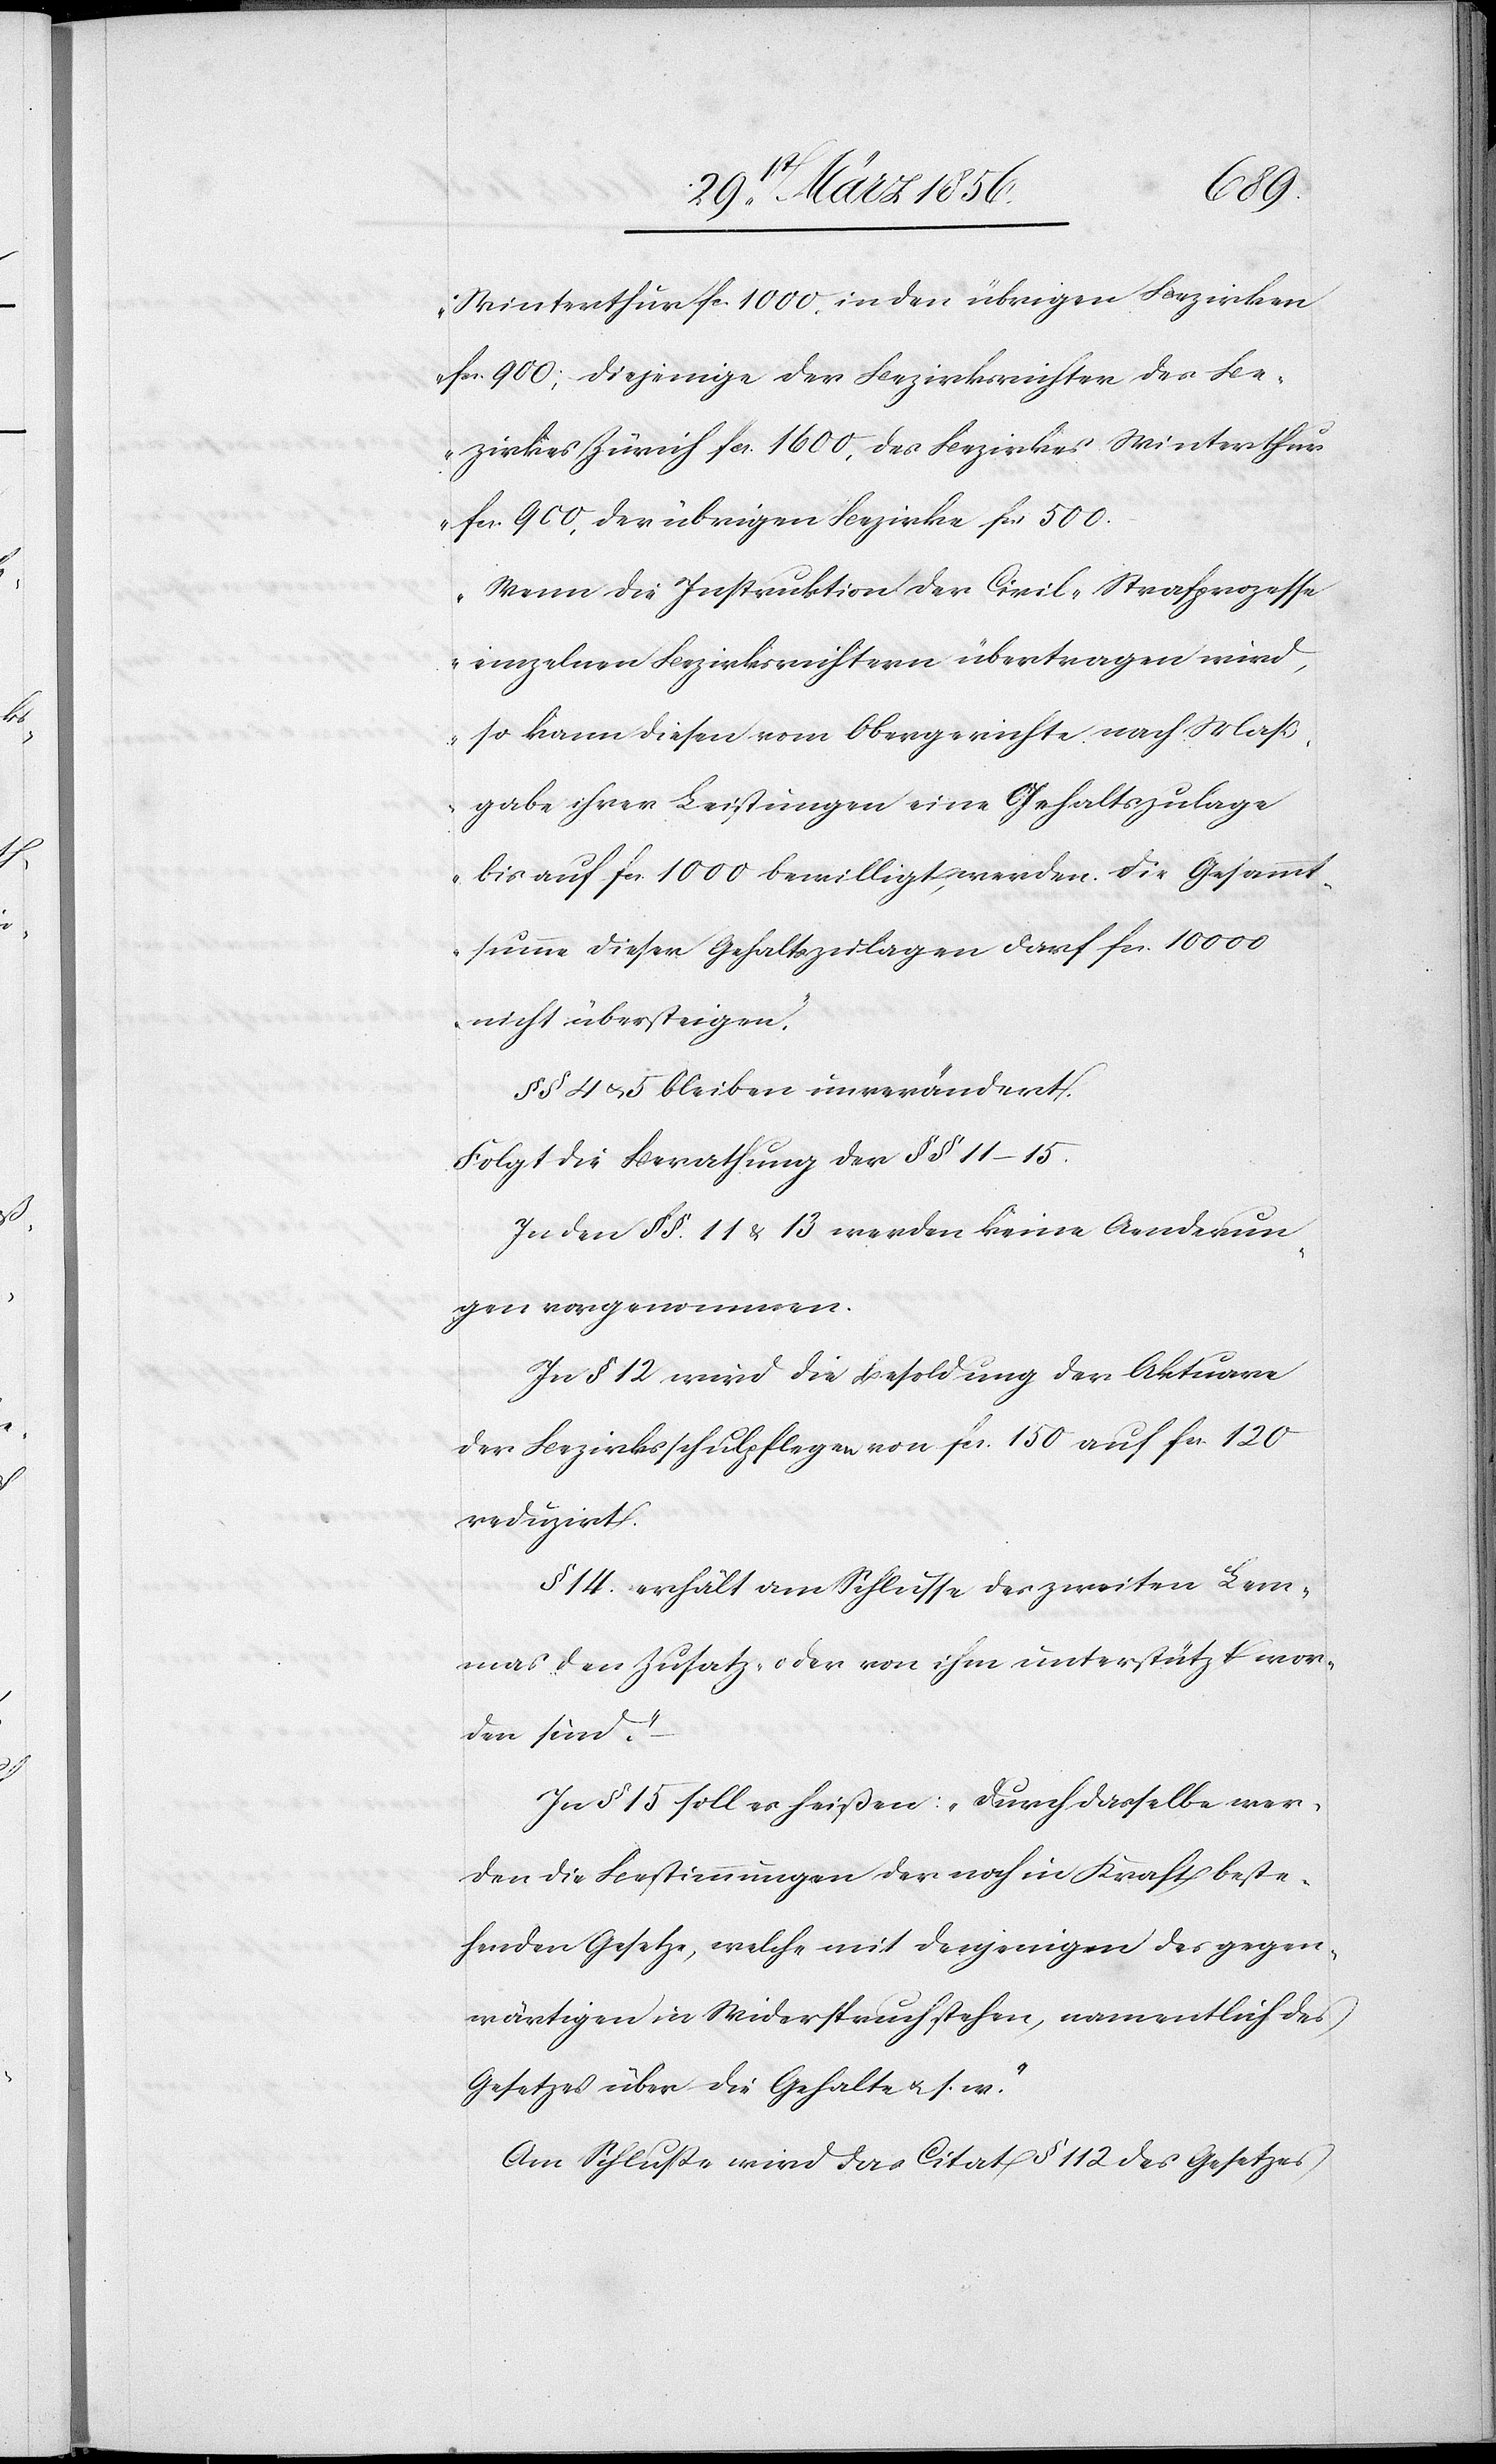
Winterthur fc. 1000, in den übrigen Bezirken
fcs. 900; diejenige der Bezirksrichter des Be¬
zirkes Zürich fcs. 1600, des Bezirkes Winterthur
fcs. 900, der übrigen Bezirke fcs 500.
Wenn die Instruktion der Civil-Strafprozesse
einzelner Bezirksrichtern übertragen wird,
so kann diesen vom Obergerichte nach Maß¬
gabe ihrer Leistungen eine Gehaltszulage
bis auf fcs. 1000 bewilligt werden. Die Gesammt¬
summe dieser Gehaltszulagen darf fcs. 10 000
nicht übersteigen.“
§§ 4 u. 5 bleiben unverändert.
Folgt die Berathung der §§ 11–15.
In den §§. 11 & 13 werden keine Aenderun¬
gen vorgenommen.
In § 12 wird die Besoldung der Aktuare
der Bezirksschulpflege von fcs. 150 auf fcs. §120
reduzirt.
§ 14. erhält am Schlusse des zweiten Lem¬
mas den Zusatz „oder von ihm unterstützt wor¬
den sind.“
In § 15 soll es heißen: „Durch dasselbe wer¬
den die Bestimmungen der noch in Kraft beste¬
henden Gesetze, welche mit denjenigen des gegen¬
wärtigen in Widerspruch stehen, namentlich des
Gesetzes über die Gehalte u. s. w.“
Am Schluße wird das Citat § 112 des Gesetzes